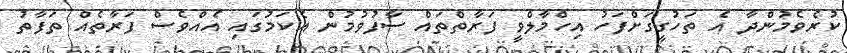
ކުރެވެމުންދާ އެ ތަހުގީގަށްފަހު އިހްމާލްވީ ފަރާތްތައް ސާފުވުމުން އެކަމުގައި އެއްވެސް ފަރާތެއް ތަފާތު